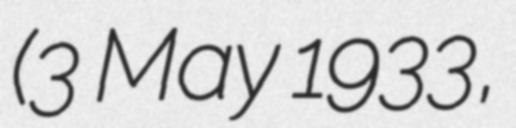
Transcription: (3 May 1933,